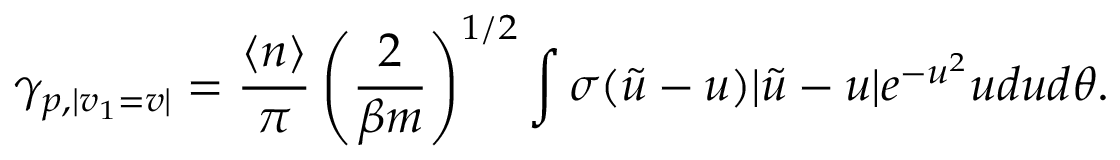
\gamma _ { p , | v _ { 1 } = v | } = \frac { \langle n \rangle } { \pi } \left( \frac { 2 } { \beta m } \right) ^ { 1 / 2 } \int \sigma ( \Tilde { u } - u ) | \Tilde { u } - u | e ^ { - u ^ { 2 } } u d u d \theta .